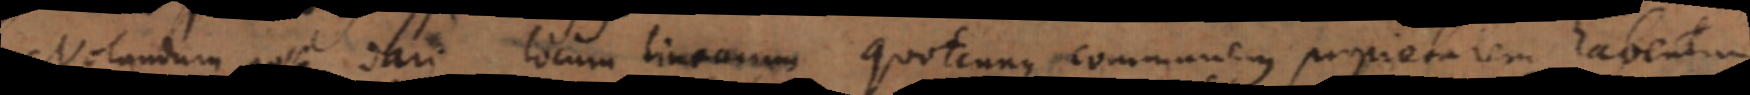
notandum posse dari locum linearum quotcunque communem proprietatem habentium